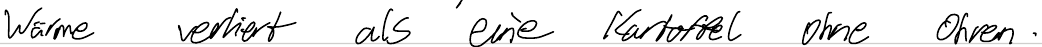
Wärme verliert als eine Kartoffel ohne Ohren.